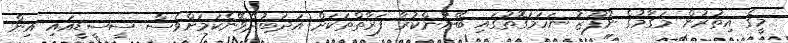
މީގެ އިތުރުން މަގާމުގެ ނުފޫޒު ނަހަމަގޮތުގައި ބޭނުންކުރާ ފަރާތްތަކަށް އަދަބުދެވޭނެކަމަށްވެސް ސީސީޑީއައި އިން